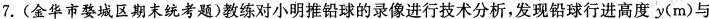
7. (金华市婺城区期末统考题)教练对小明推铅球的录像进行技术分析，发现铅球行进高度y(m)与